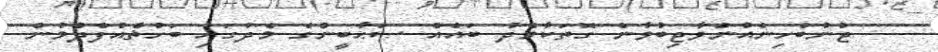
ޖުނުބުހިނެއުންވާޖިބުވާނެ ގޮތަކާމެދު ބައެއް ޞަޙާބީންގެ މެދުގައި ބަހުޡްއުފެދުމުން